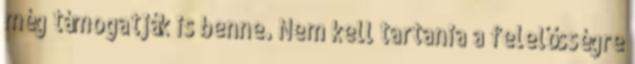
még támogatják is benne. Nem kell tartania a felelősségre